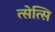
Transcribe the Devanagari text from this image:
त्सेत्सि